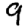
Digit: 9